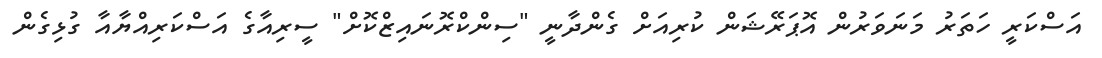
އަސްކަރީ ހަތަރު މަނަވަރުން އޮޕަރޭޝަން ކުރިއަށް ގެންދާނީ "ސިންކްރޮނައިޒްކޮށް" ސީރިއާގެ އަސްކަރިއްޔާއާ ގުޅިގެން